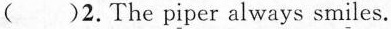
( )2.The piper always smiles.